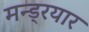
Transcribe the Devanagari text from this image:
मन्ड्रयार